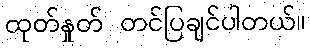
ထုတ်နှုတ် တင်ပြချင်ပါတယ်။